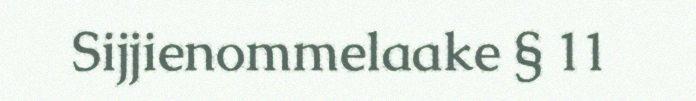
Sijjienommelaake § 11